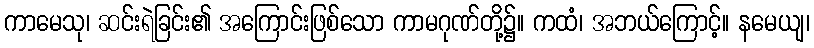
ကာမေသု၊ ဆင်းရဲခြင်း၏ အကြောင်းဖြစ်သော ကာမဂုဏ်တို့၌။ ကထံ၊ အဘယ်ကြောင့်။ နမေယျ၊